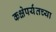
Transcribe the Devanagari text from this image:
कक्षेपर्यंतच्या